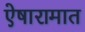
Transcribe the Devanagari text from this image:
ऐषारामात